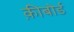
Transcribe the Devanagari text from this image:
क़ीबोर्ड